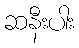
ဆနီးပါး